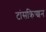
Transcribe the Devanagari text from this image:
टांसक्रिप्शन